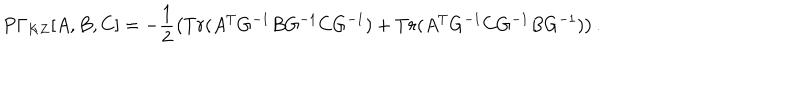
LaTeX: P \Gamma _ { K Z } { [ A , B , C ] } = - \frac { 1 } { 2 } \left( T r ( A ^ { T } G ^ { - 1 } B G ^ { - 1 } C G ^ { - 1 } ) + T r ( A ^ { T } G ^ { - 1 } C G ^ { - 1 } B G ^ { - 1 } ) \right) .